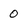
Character: 0